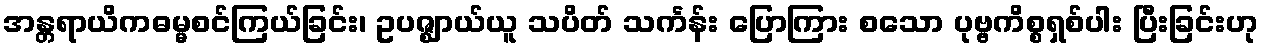
အန္တရာယိကဓမ္မစင်ကြယ်ခြင်း၊ ဥပဇ္ဈာယ်ယူ သပိတ် သင်္ကန်း ပြောကြား စသော ပုဗ္ဗကိစ္စရှစ်ပါး ပြီးခြင်းဟု